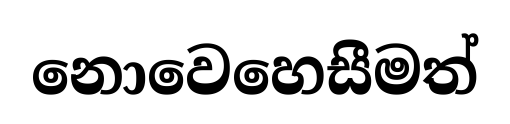
නොවෙහෙසීමත්